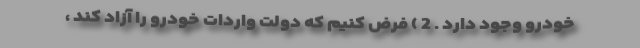
خودرو وجود دارد . 2 ) فرض کنیم که دولت واردات خودرو را آزاد کند ،